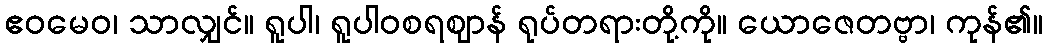
ဧဝမေဝ၊ သာလျှင်။ ရူပါ၊ ရူပါဝစရဈာန် ရုပ်တရားတို့ကို။ ယောဇေတဗ္ဗာ၊ ကုန်၏။